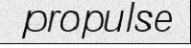
propulse